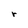
Character: r